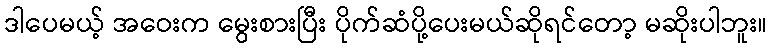
ဒါပေမယ့် အဝေးက မွေးစားပြီး ပိုက်ဆံပို့ပေးမယ်ဆိုရင်တော့ မဆိုးပါဘူး။